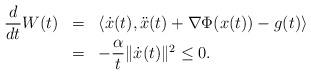
LaTeX: \begin{align*}\begin{array}{lll}\displaystyle{\frac{d}{dt}}W(t)&=& \langle \dot{x}(t),\ddot{x}(t)+\nabla\Phi(x(t))-g(t)\rangle\\ &=& -\dfrac{\alpha}{t}\Vert \dot{x}(t)\Vert^{2}\leq 0.\end{array}\end{align*}